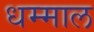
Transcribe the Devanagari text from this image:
धम्माल